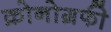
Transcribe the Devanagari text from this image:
क्रोनोग्रफी